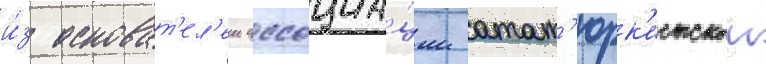
и́з основат'ел'еи ассоциа́ции атат'юрк'истскои